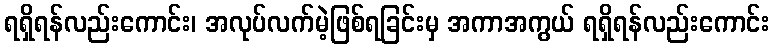
ရရှိရန်လည်းကောင်း၊ အလုပ်လက်မဲ့ဖြစ်ရခြင်းမှ အကာအကွယ် ရရှိရန်လည်းကောင်း